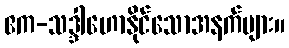
ဧက-သဒ္ဒါဟောနိုင်သောအနက်များ။